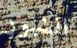
الشهور